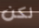
لكن